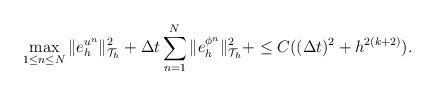
LaTeX: \begin{align*}\max_{1\le n\le N}\|e_h^{u^n}\|^2_{\mathcal{T}_h}+\Delta t\sum_{n=1}^{N}\|e_h^{\phi^n}\|^2_{\mathcal{T}_h}+ \le C((\Delta t)^2+ h^{2(k+2)}).\end{align*}